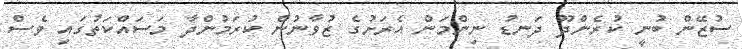
ސުޒޭން ބުނީ ކުރެންދޫ ދަނޑު ނިންމަން އެރަށުގެ ޒުވާނުން ކުރަމުންދާ މަސައްކަތުގައި ވެސް